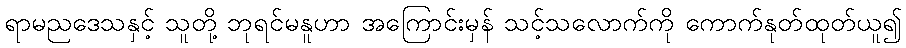
ရာမညဒေသနှင့် သူတို့ ဘုရင်မနူဟာ အကြောင်းမှန် သင့်သလောက်ကို ကောက်နုတ်ထုတ်ယူ၍